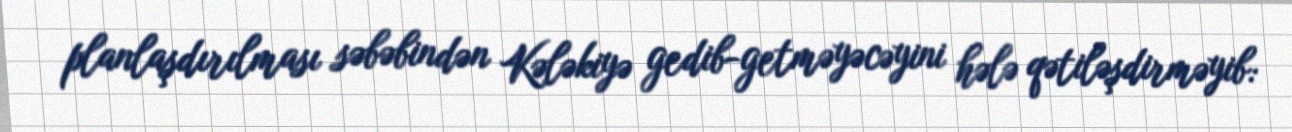
planlaşdırılması səbəbindən Kələkiyə gedib-getməyəcəyini hələ qətiləşdirməyib: